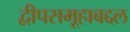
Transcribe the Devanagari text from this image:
द्वीपसमूहाबद्दल